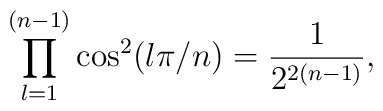
\prod_{l=1}^{(n-1)} \cos^2 (l\pi/n) = {1\over 2^{2(n-1)}},